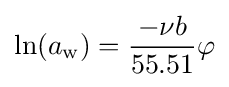
\ln(a_{\mathrm {w} })={\frac {-\nu b}{55.51}}\varphi